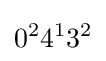
0^{2}4^{1}3^{2}